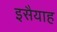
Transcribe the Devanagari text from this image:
इसैयाह